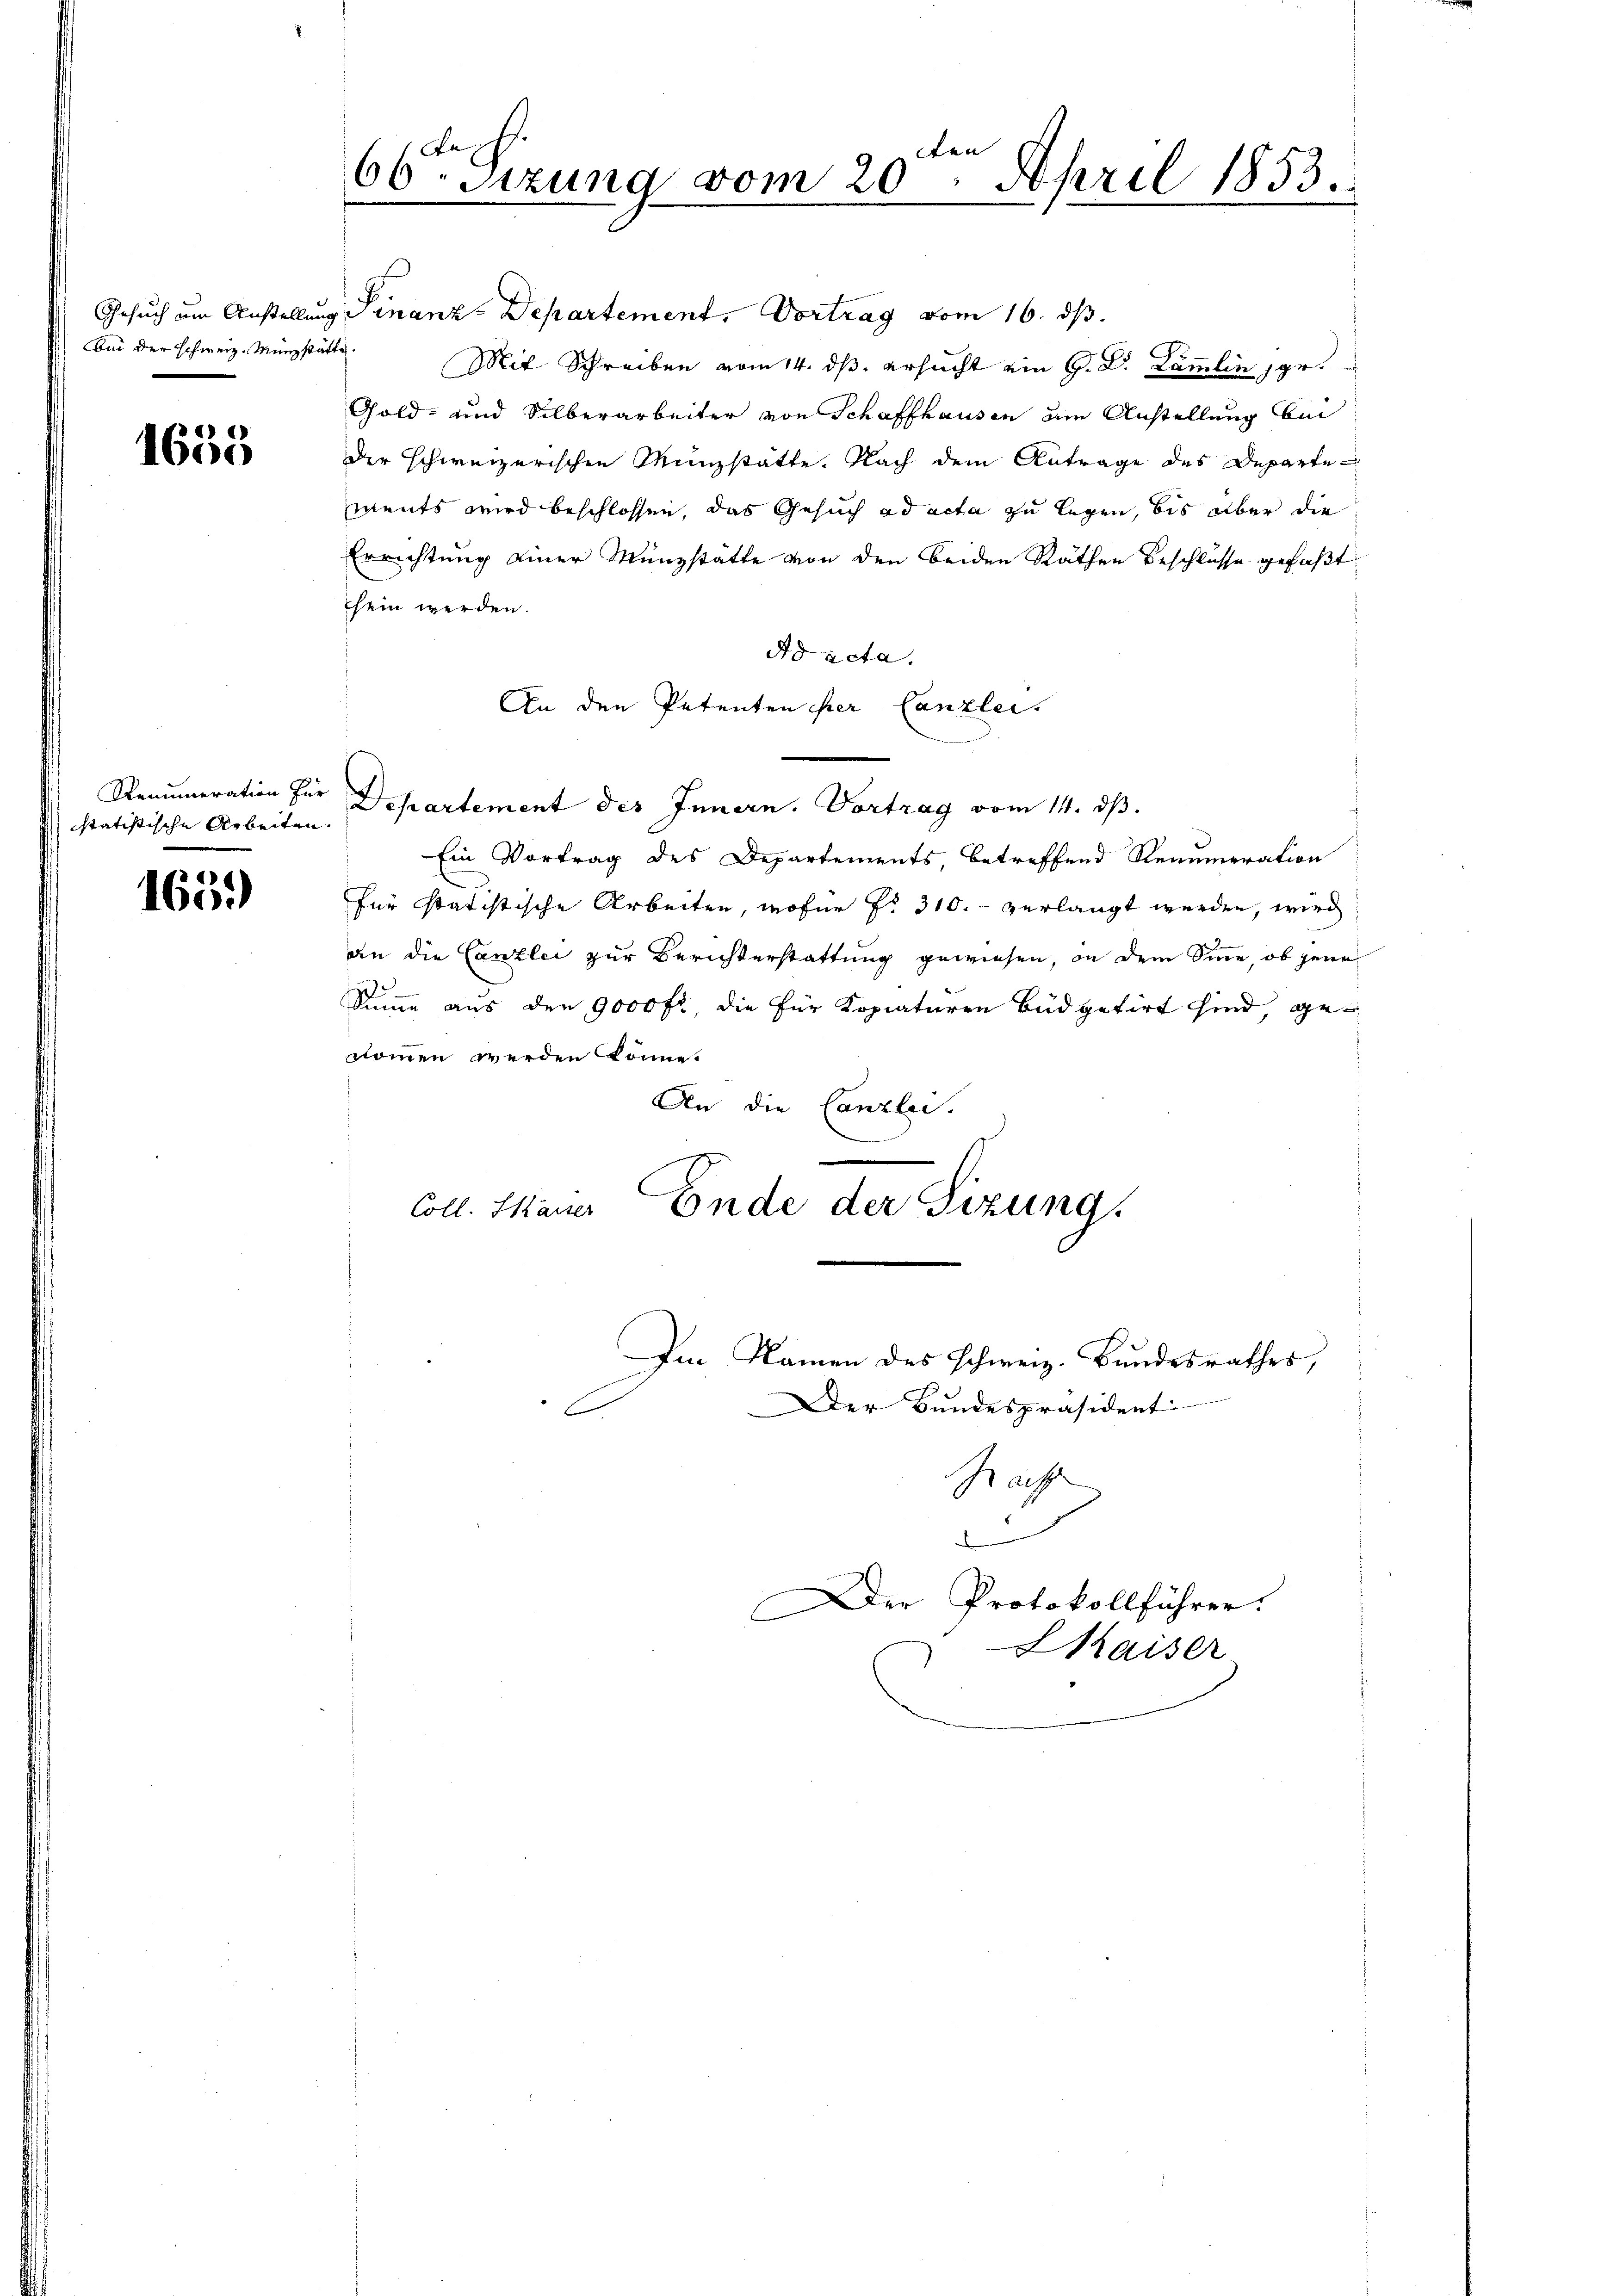
Bei der schweiz. Münzstätte

1655

statistische Arbeiten

163.)

dten
66ten Sizung vom 20. April 1853.

Gesuch um Anstellung Sinanz-Departement. Vortrag vom 16. ds.
Mit Schreiben vom 14. ds. ersucht ein G. B. Lämmlin gr.
Gold- und Silberarbeiter von Schaffhausen am Anstellung bei
der schweizerischen Münzstätte. Nach dem Antrage des Departements wird beschlossen, das Gesuch ad acta zu legen, bis aber die
Errichtung einer Münzstatte von den beiden Räthen Beschlüsse gefaßt
hein werden.
Ad acta.
An den Petenten her Canzlei
Reaumeration für Departement des Innern. Vortrag vom 14. dβ.
Ein Vortrag des Departements, betreffend Renumeration
für statistische Arbeiten, wofür Fr. 310. verlangt werden, wird:
an die Canzlei zur Berichterstattung gewiesen, in dem Sinne, ob jene
2
Sinne aus den 9000 fl, die für Kopiaturen Büdgetirt sind, genommen werden könne.
An die Canzlei.
Coll. Mauer Ende der Sizung.
Im Namen des schweiz. Bundesrathes,
Der Bundespräsident
f

d
Der Protokollführer.
Kaiser

Grafe